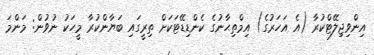
އިންވިޖިލޭޓްކުރާ (އެ އަހަރުގެ) އިމްތިޙާނުގެ ކެންޑިޑޭޓަކަށް ތިރީގައި ބަޔާންކުރާ މީހަކު ނުވުން: މަންމަ